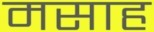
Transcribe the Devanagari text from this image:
मसाह